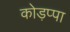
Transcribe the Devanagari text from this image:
कोड़प्पा